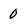
Character: 0